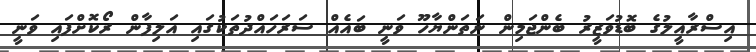
އިސްރާއީލުގެ ބޮޑުވަޒީރު ބެންޖަމިން ނަތަންޔާހޫ ވަނީ ބައެއް ސަރަހައްދުތަކުގައި އަލިފާން ރޯކޮށްފައި ވަނީ